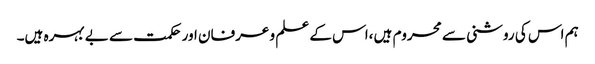
ہم اس کی روشنی سے محروم ہیں ،اس کے علم و عرفان اور حکمت سے بے بہرہ ہیں۔